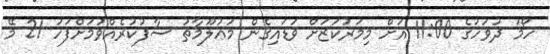
ހޯމަ ދުވަހުގެ 11:00 އަށް މިމަރުކަޒަށް ވަޑައިގެން މަޢުލޫމާތު ސާފުކުރެއްވުމަށްފަހު 21 މޭ